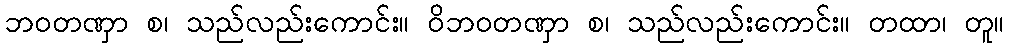
ဘဝတဏှာ စ၊ သည်လည်းကောင်း။ ဝိဘဝတဏှာ စ၊ သည်လည်းကောင်း။ တထာ၊ တူ။